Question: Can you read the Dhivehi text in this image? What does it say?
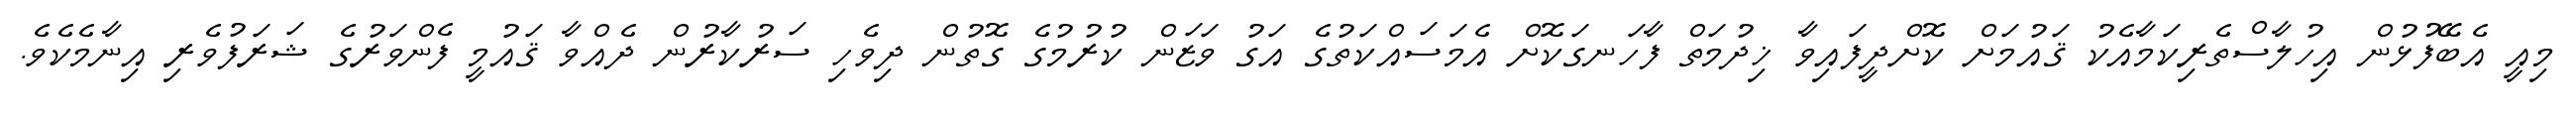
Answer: މިއީ އެބޭފުޅުން އިހުލާސްތެރިކަމާއެކު ޤައުމަށް ކޮށްދީފައިވާ ޚިދުމަތް ފާހަނގަކޮށް އެމަސައްކަތުގެ އަގު ވަޒަން ކުރުމުގެ ގޮތުން ދިވެހި ސަރުކާރުން ދެއްވާ ޤައުމީ ފެންވަރުގެ ޝަރަފުވެރި އިނާމެކެވެ.